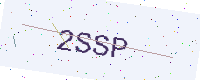
Text: 2SSP